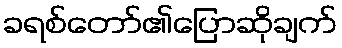
ခရစ်တော်၏ပြောဆိုချက်